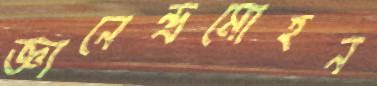
জ্ঞানেন্দ্রমোহন